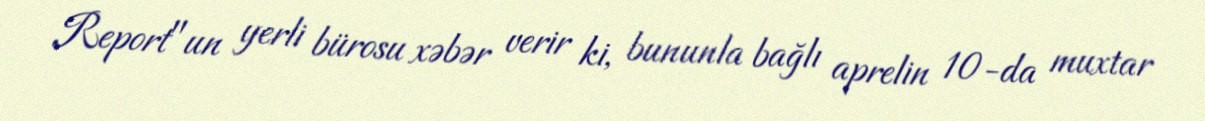
Report"un yerli bürosu xəbər verir ki, bununla bağlı aprelin 10-da muxtar